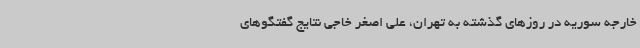
خارجه سوریه در روزهای گذشته به تهران، علی اصغر خاجی نتایج گفتگوهای